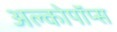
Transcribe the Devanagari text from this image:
अल्कोपॉप्स